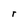
Character: r